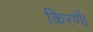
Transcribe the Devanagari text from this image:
किरणें।